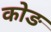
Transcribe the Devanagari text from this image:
कोङ